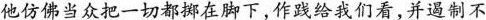
他仿佛当众把一切都挪在脚下，作践给我们看，并遏制不